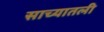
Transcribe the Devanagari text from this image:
साच्यातली